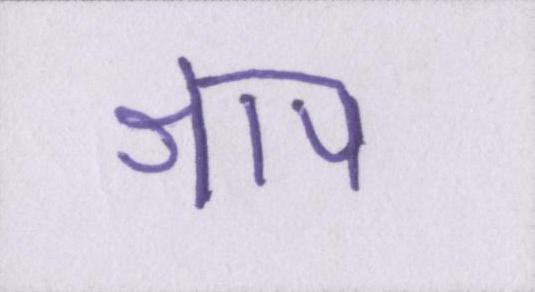
श्राप